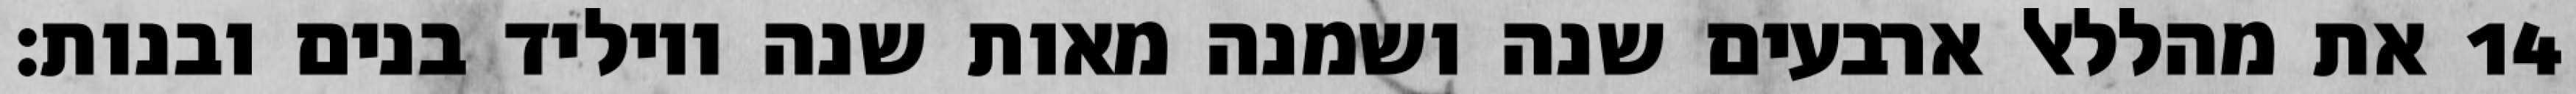
את מהללאל ארבעים שנה ושמנה מאות שנה ויוליד בנים ובנות׃ ‎14‏